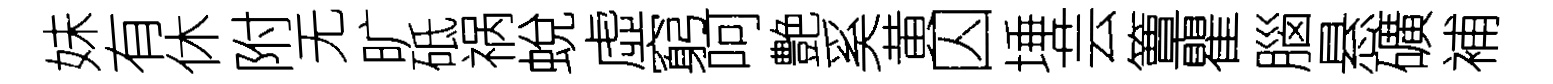
妹有休附无旷砥祸蛻虛窮呵艶奚黄囚埵芸簟瞿腦悬礦補